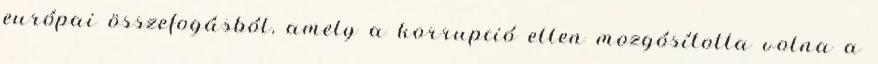
európai összefogásból, amely a korrupció ellen mozgósította volna a